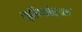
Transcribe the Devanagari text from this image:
क्लिफोर्डस